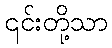
၎င်းတို့သာ